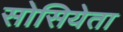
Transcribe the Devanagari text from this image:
सोसियेता